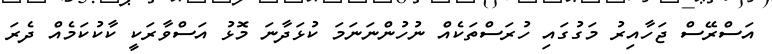
އަސްރޭސް ޖަހާއިރު މަގުގައި ހުރަސްތަކެއް ނުހުންނަނަމަ ކުޅަދާނަ މޮޅު އަސްވާރަކީ ކާކުކަމެއް ދެރަ